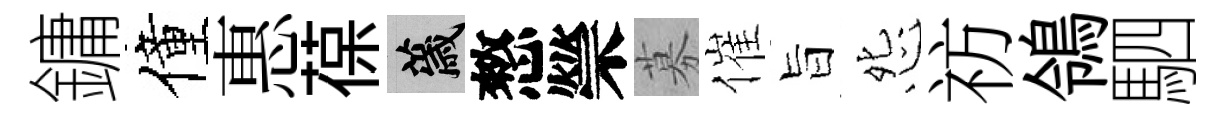
鏞僮惠葆薉憗禜募催旨怨祊鴒駟